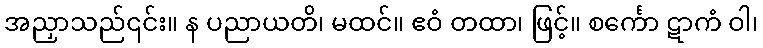
အညှာသည်၎င်း။ န ပညာယတိ၊ မထင်။ ဧဝံ တထာ၊ ဖြင့်။ စင်္ကော ဋာကံ ဝါ၊